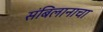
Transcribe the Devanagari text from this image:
संबिलानाचा